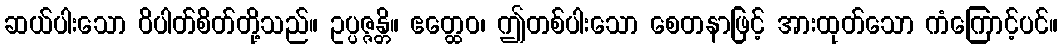
ဆယ်ပါးသော ဝိပါတ်စိတ်တို့သည်။ ဥပ္ပဇ္ဇန္တိ။ ဧတ္ထေဝ၊ ဤတစ်ပါးသော စေတနာဖြင့် အားထုတ်သော ကံကြောင့်ပင်။